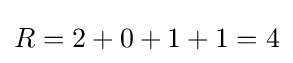
R=2+0+1+1=4